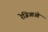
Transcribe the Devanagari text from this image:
रेजिआओ